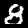
Digit: 8